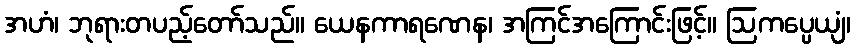
အဟံ၊ ဘုရားတပည့်တော်သည်။ ယေနကာရဏေန၊ အကြင်အကြောင်းဖြင့်။ ဩကပ္ပေယျံ၊